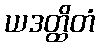
ယဒတ္ထိတံ